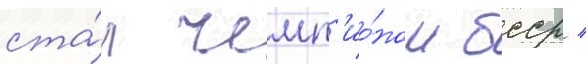
ста́л чемп'ио́ном бсср /